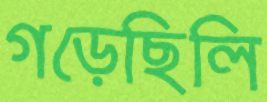
গড়েছিলি